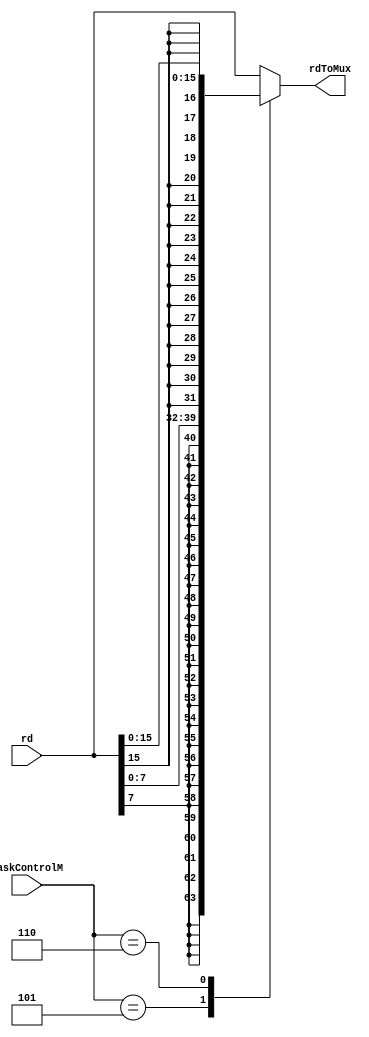
module maskapply(input [31:0] rd,
	input [2:0] MaskControlM,
	output reg [31:0] rdToMux);


always@(*)
case (MaskControlM)
3'b101: rdToMux <= {{24{rd[7]}}, {rd[7:0]}};
3'b110: rdToMux <= {{16{rd[15]}}, {rd[15:0]}};
default: rdToMux <= rd;
endcase

endmodule